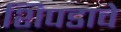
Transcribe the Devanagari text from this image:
शिपडावे